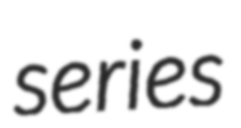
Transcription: series